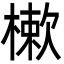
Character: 樕